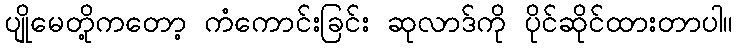
ပျိုမေတို့ကတော့ ကံကောင်းခြင်း ဆုလာဒ်ကို ပိုင်ဆိုင်ထားတာပါ။